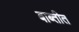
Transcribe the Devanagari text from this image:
बाब्तीत